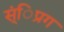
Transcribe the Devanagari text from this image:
स्ंिप्रग